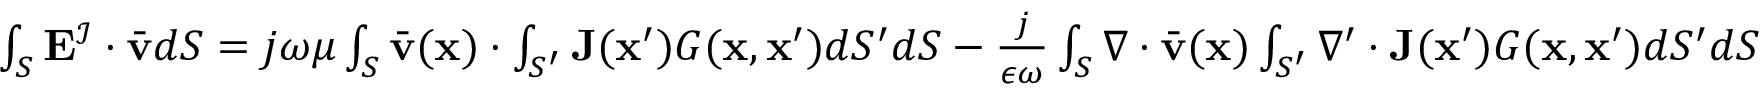
\begin{array} { r } { \int _ { S } \mathbf { E } ^ { \mathcal { I } } \cdot \bar { \mathbf { v } } d S = j \omega \mu \int _ { S } \bar { \mathbf { v } } ( \mathbf { x } ) \cdot \int _ { S ^ { \prime } } \mathbf { J } ( \mathbf { x } ^ { \prime } ) G ( \mathbf { x } , \mathbf { x } ^ { \prime } ) d S ^ { \prime } d S - \frac { j } { \epsilon \omega } \int _ { S } \nabla \cdot \bar { \mathbf { v } } ( \mathbf { x } ) \int _ { S ^ { \prime } } \nabla ^ { \prime } \cdot \mathbf { J } ( \mathbf { x } ^ { \prime } ) G ( \mathbf { x } , \mathbf { x } ^ { \prime } ) d S ^ { \prime } d S } \end{array}